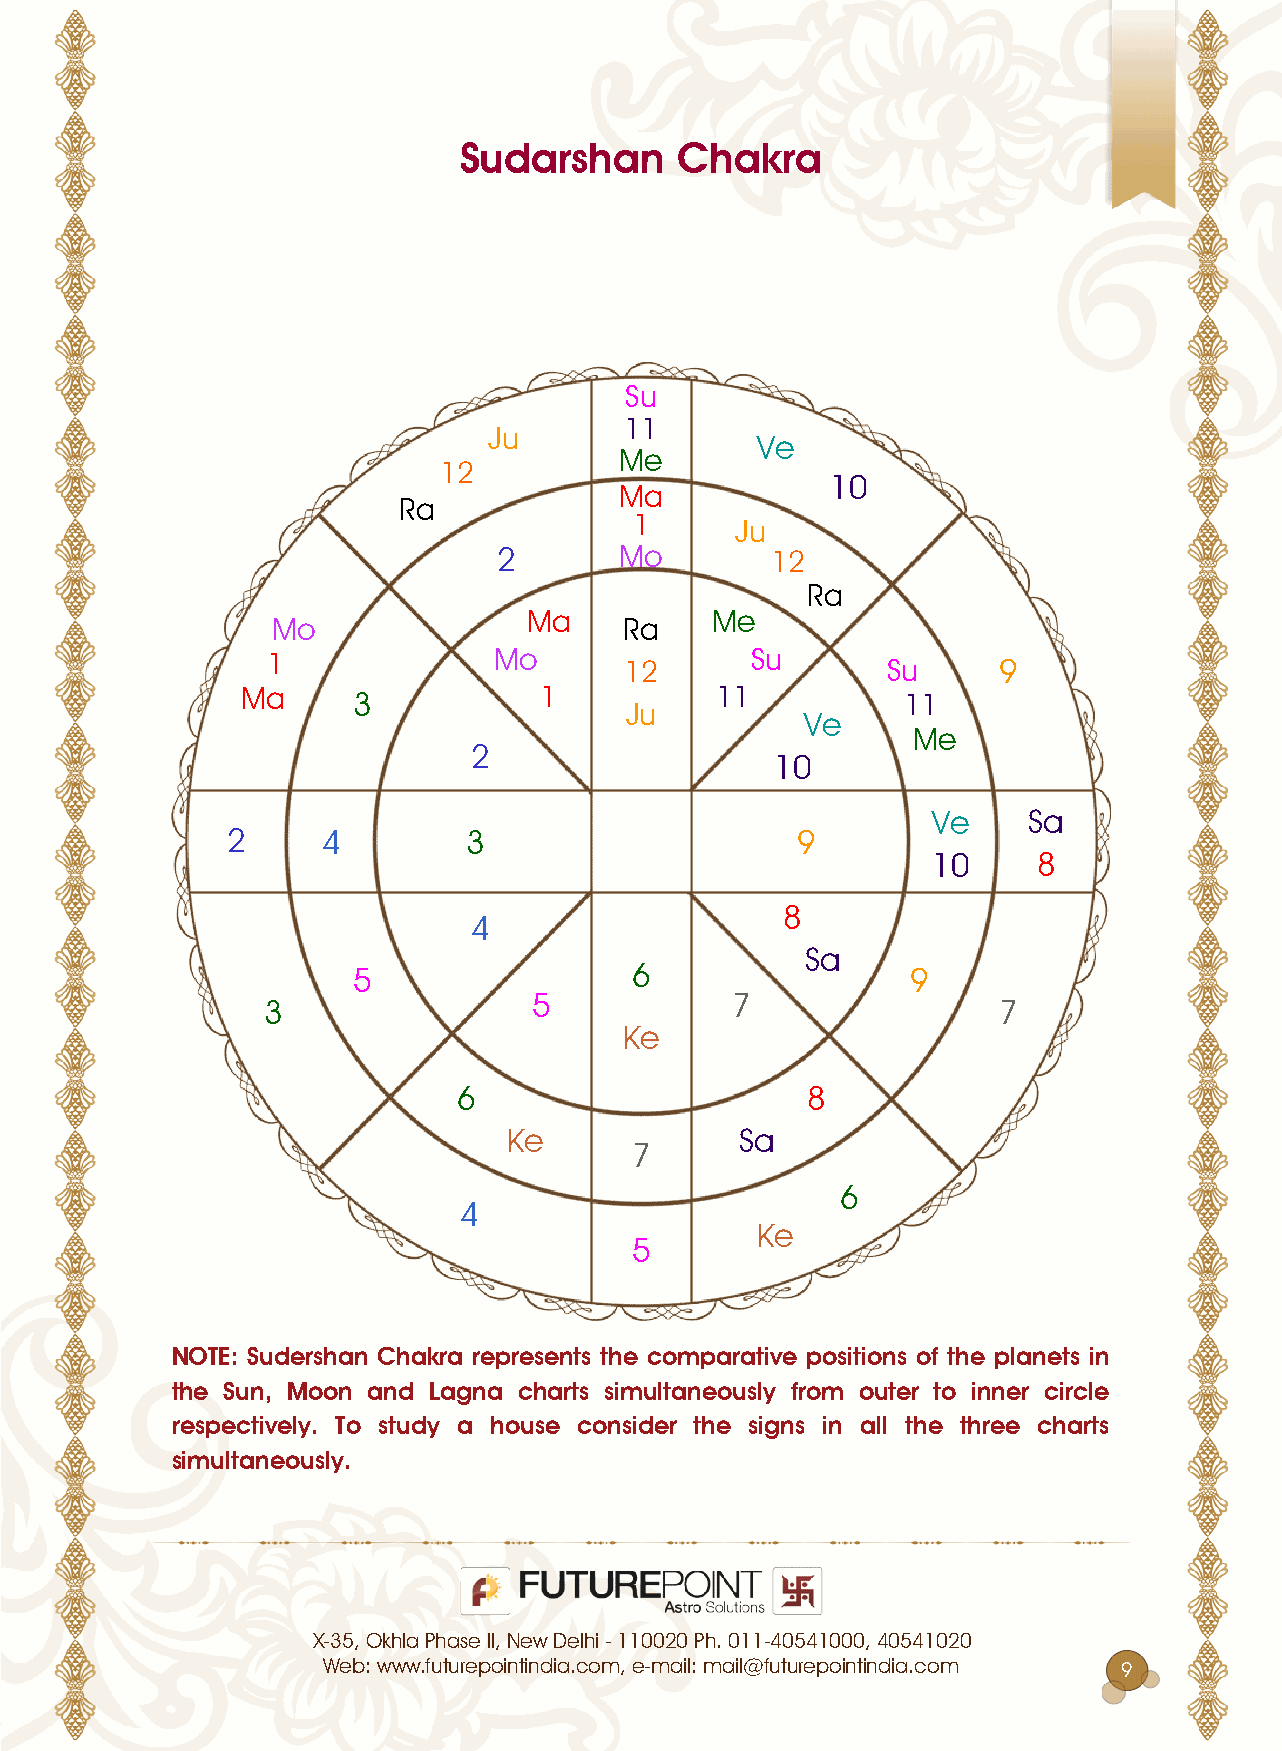
dsss0shsssyhsa0s
 m
 77
 em
 tp
 7p
 70
 77
 7p
 ip
 7
 em
 0       7e        70
 ip
 7p          7p
 7e                     ip
 7              7e                m
 70                 m     7
 7p     0            7          77           77
 em
 tp
 7p
 0
 77
 tp     p
 0     0         0                     7
 77     7
 7
 0
 p
 7                  1                 7
 7            7
 0                                                7
 p
 1                      7
 p              p
 7
 1
 0
 p
 7
 00h ssdsss0shsssyhsa0ss0se0sssshsshhssrsses0shsassessshsssssshshhssesssshsssss
 hhss dssis sssss ssss dsgsss rhs0hss ssssshsssssssys h0sss sshs0s hss ssss0s rs0rsss
 0ssesrhsassy.s hss shssys ss hsssss rssssss0s hhss ssgsss sss ssss hhss hh0sss rhs0hss
 ssssshsssssssy.
 0007070000p7p0p0p700070p070p0007077777077p0077770077077770707707707
 mpmM70000mmmmpppe0mm0mp0p0mem07p0mp00M7mp00mmmmmpppe0mm0mp0p0mem 7